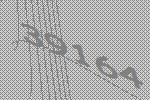
39164